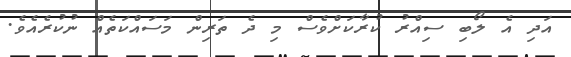
އަދި އެ ލޯބި ސިއްރު ކުރާކަށްވެސް މި ދެ ތަރިން މަސައްކަތެއް ނުކުރެއެވެ.